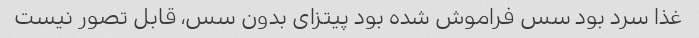
غذا سرد بود سس فراموش شده بود پیتزای بدون سس، قابل تصور نیست